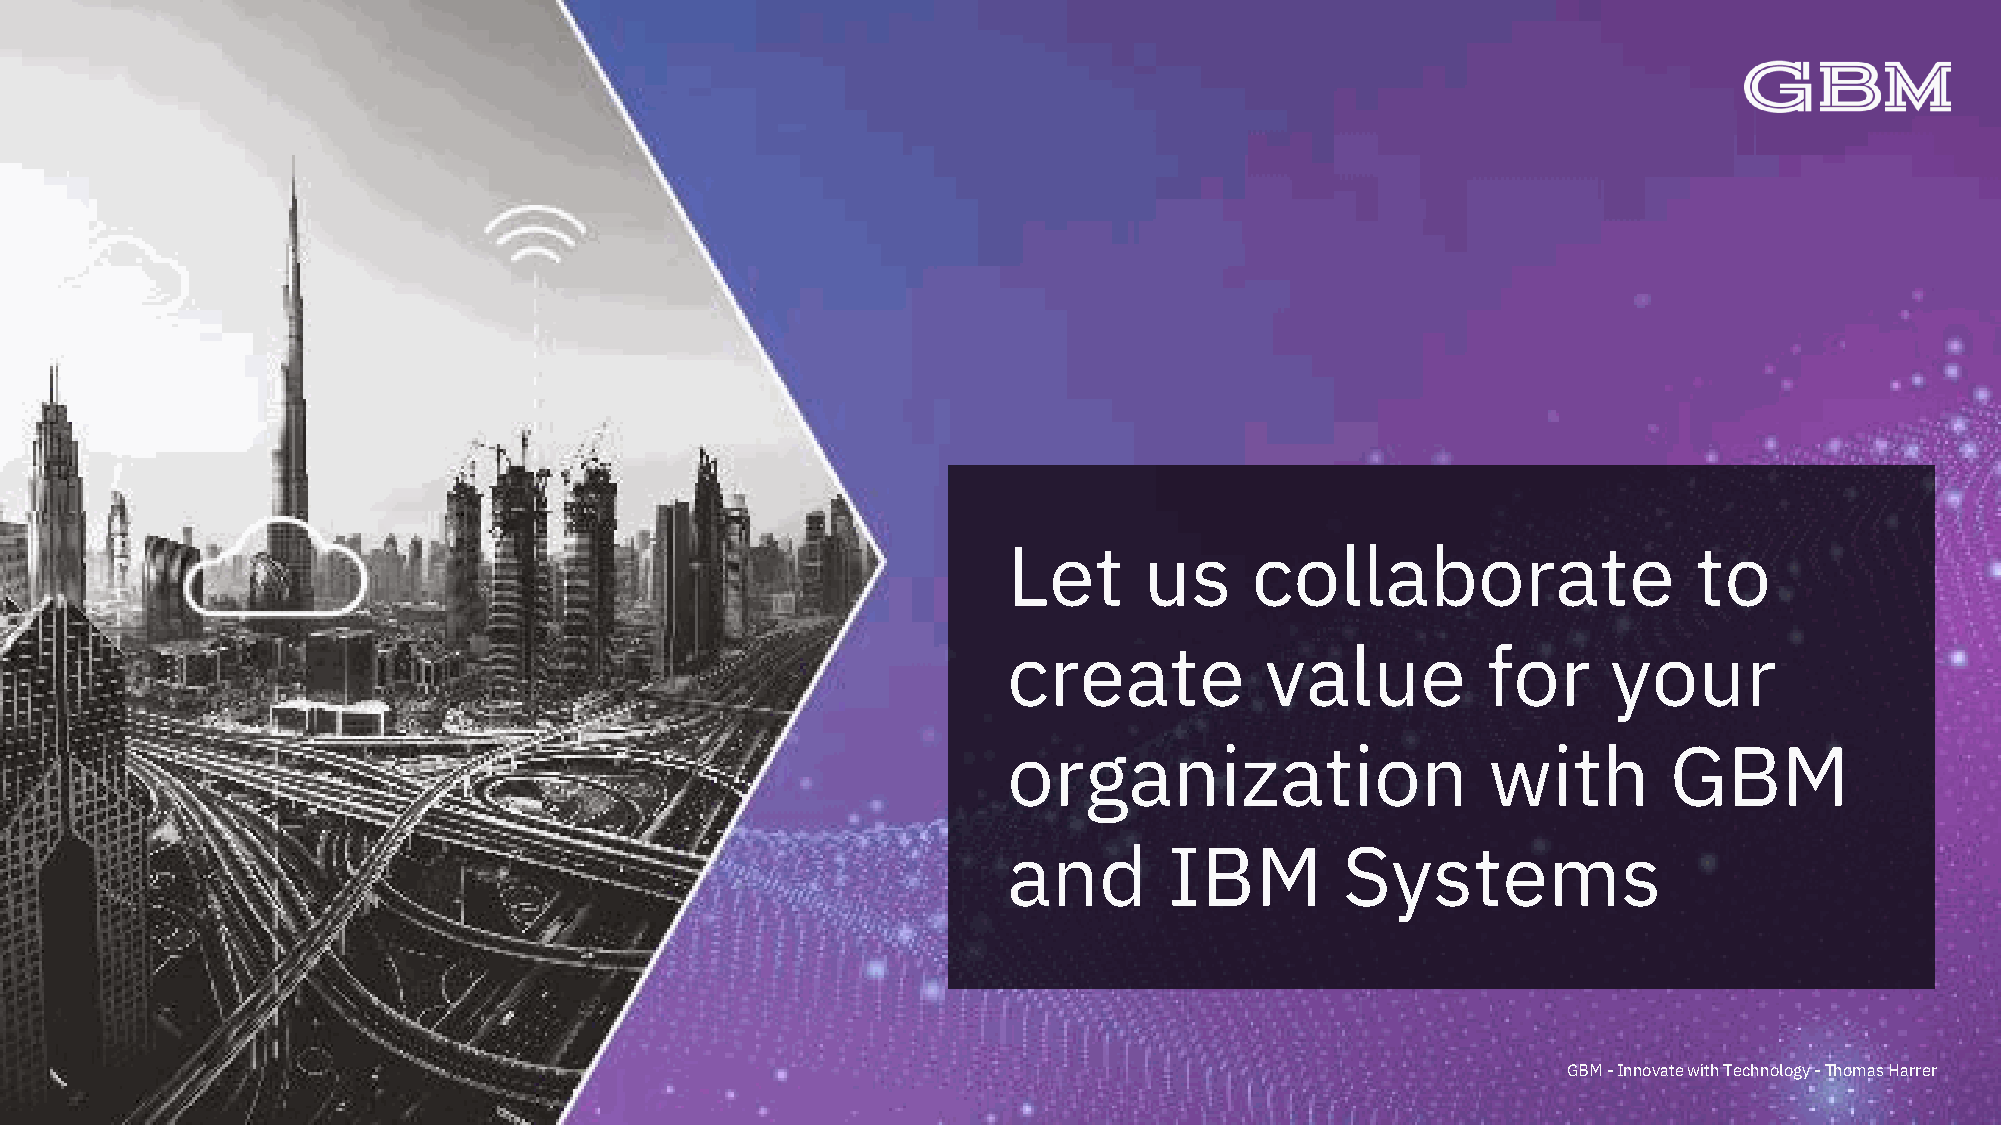
Let      us     collaborate                  to
 create           value         for      your
 organization                   with        GBM
 and       IBM         Systems
 GBM -Innovate with Technology -Thomas Harrer